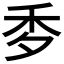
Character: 𥝘